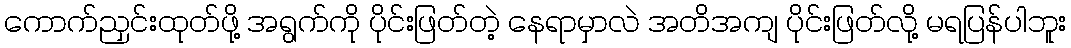
ကောက်ညှင်းထုတ်ဖို့ အရွက်ကို ပိုင်းဖြတ်တဲ့ နေရာမှာလဲ အတိအကျ ပိုင်းဖြတ်လို့ မရပြန်ပါဘူး